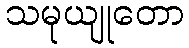
သမုယျုတော